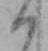
く